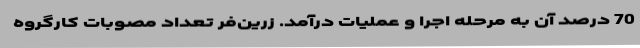
70 درصد آن به مرحله اجرا و عملیات درآمد. زرین‌فر تعداد مصوبات کارگروه